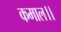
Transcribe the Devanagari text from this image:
कमाल।।